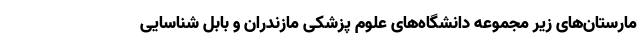
مارستان‌های زیر مجموعه دانشگاه‌های علوم پزشکی مازندران و بابل شناسایی